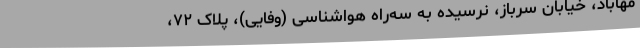
مهاباد، خیابان سرباز، نرسیده به سه‌راه هواشناسی (وفایی)، پلاک ۷۲،